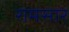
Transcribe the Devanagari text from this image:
रामसार